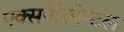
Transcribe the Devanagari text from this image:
एक्सपैरिमेन्टल